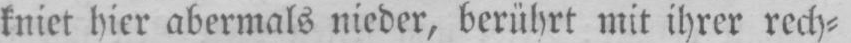
kniet hier abermals nieder, berührt mit ihrer rech⸗